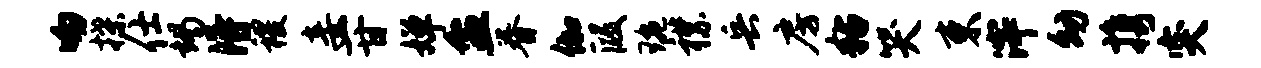
吻揲仕竭得稷妾一甘婵盆眷伽段琬襟兵房粘哭束滓幼携突